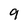
Character: 9